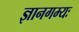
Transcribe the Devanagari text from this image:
ज्ञानगम्यः